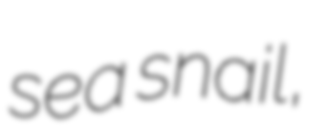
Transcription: sea snail,